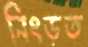
নিংড়ত